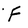
Character: f